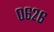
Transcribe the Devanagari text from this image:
०६२६